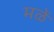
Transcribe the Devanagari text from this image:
मळें